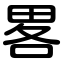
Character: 畧